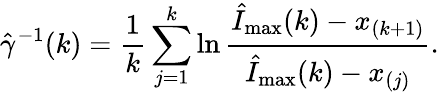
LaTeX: \hat{\gamma}^{-1}(k)=\frac 1k\sum_{j=1}^{k}\ln\frac{\hat{I}_{\operatorname*{max}}(k)-x_{(k+1)}}{\hat{I}_{\operatorname*{max}}(k)-x_{(j)}}.